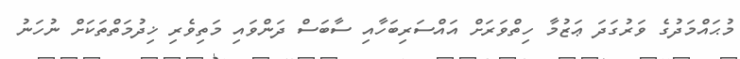
މުޙައްމަދުުގެ ވަރުގަދަ ޢަޒުމާ ހިތްވަރަށް އައްސަރިބަހާއި ސާބަސް ދަންވައި މަތިވެރި ޚިދުމަތްތަކަށް ނުހަނު